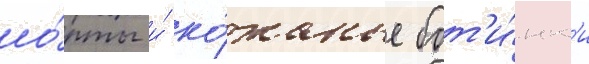
шо́рты и́ ко́жаные бот'и́нк'и